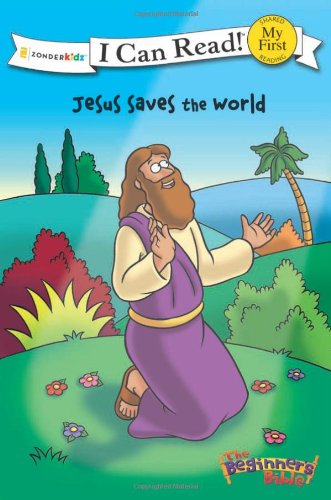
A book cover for Jesus Saves the World (I Can Read! / The Beginner's Bible); Christian Books & Bibles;